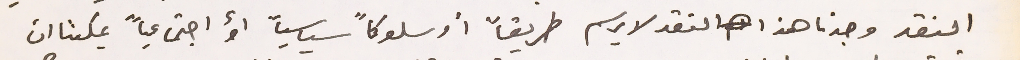
النقد وجدنا هذا النقد لا يرسم طريقاً أوسلوكاً سياسياً أو اجتماعياً يمكننا ان